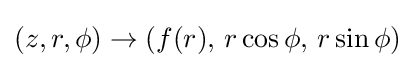
(z,r,\phi )\rightarrow (f(r),\,r\cos \phi ,\,r\sin \phi )